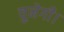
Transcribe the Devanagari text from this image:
चुनेगी।